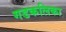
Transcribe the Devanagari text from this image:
गडकलिका